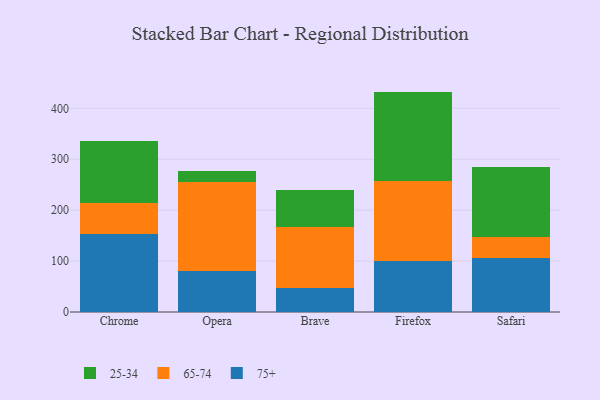
{"axis": {"x": "Browser", "y": "Tickets Resolved"}, "legend": ["25-34", "65-74", "75+"], "data": [{"x": "Chrome", "y": 152.4, "type": "75+"}, {"x": "Chrome", "y": 60.9, "type": "65-74"}, {"x": "Chrome", "y": 122.4, "type": "25-34"}, {"x": "Opera", "y": 80.8, "type": "75+"}, {"x": "Opera", "y": 173.8, "type": "65-74"}, {"x": "Opera", "y": 23.1, "type": "25-34"}, {"x": "Brave", "y": 48.0, "type": "75+"}, {"x": "Brave", "y": 119.2, "type": "65-74"}, {"x": "Brave", "y": 73.0, "type": "25-34"}, {"x": "Firefox", "y": 100.7, "type": "75+"}, {"x": "Firefox", "y": 157.4, "type": "65-74"}, {"x": "Firefox", "y": 174.7, "type": "25-34"}, {"x": "Safari", "y": 106.5, "type": "75+"}, {"x": "Safari", "y": 40.3, "type": "65-74"}, {"x": "Safari", "y": 137.9, "type": "25-34"}]}